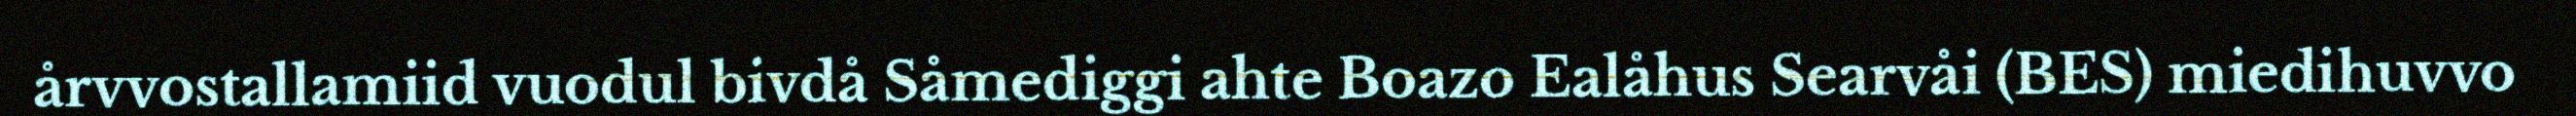
årvvostallamiid vuodul bivdå Såmediggi ahte Boazo Ealåhus Searvåi (BES) miedihuvvo